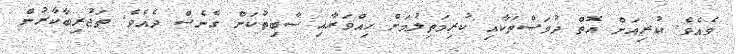
ވެއެވެ. ކުރިއަށް އޮތް ދުވަސްތަކާއި ކުރިމަތިލުމަށް ހިއްވަރާއި ސާބިތުކަން ގެނެސް ދެއެވެ. ތަޖުރިބާކާރުން